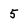
Character: 5